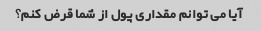
آیا می توانم مقداری پول از شما قرض کنم؟